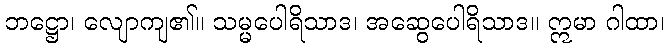
ဘဋ္ဌော၊ လျောကျ၏။ သမ္မပေါရိသာဒ၊ အဆွေပေါရိသာဒ။ ဣမာ ဂါထာ၊